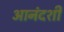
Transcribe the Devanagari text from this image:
आनंदशी